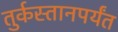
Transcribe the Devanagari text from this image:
तुर्कस्तानपर्यंत